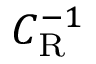
C _ { \mathrm { R } } ^ { - 1 }